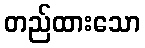
တည်ထားသော